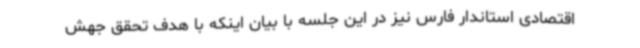
اقتصادی استاندار فارس نیز در این جلسه با بیان اینکه با هدف تحقق جهش